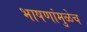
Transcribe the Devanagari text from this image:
भाषणांमुळेच